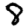
Digit: 8